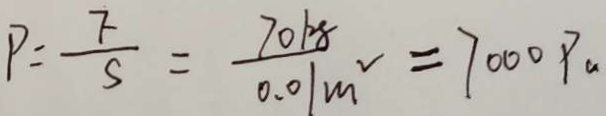
P = \frac { F } { S } = \frac { 7 0 k g } { 0 . 0 1 m ^ { 2 } } = 7 0 0 0 P a